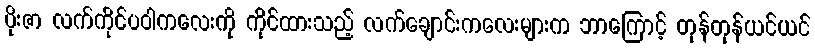
ပိုးဇာ လက်ကိုင်ပဝါကလေးကို ကိုင်ထားသည့် လက်ချောင်းကလေးများက ဘာကြောင့် တုန်တုန်ယင်ယင်